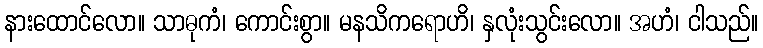
နားထောင်လော။ သာဓုကံ၊ ကောင်းစွာ။ မနသိကရောဟိ၊ နှလုံးသွင်းလော။ အဟံ၊ ငါသည်။